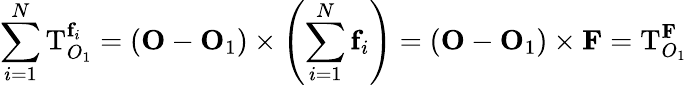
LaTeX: \sum_{i=1}^{N}\mathbf{\mathrm{T}}_{O_{1}}^{\mathbf{f}_{i}}=(\mathbf{O}-\mathbf{O}_{1})\times\left(\sum_{i=1}^{N}\mathbf{f}_{i}\right)=(\mathbf{O}-\mathbf{O}_{1})\times\mathbf{F}=\mathbf{\mathrm{T}}_{O_{1}}^{\mathbf{F}}